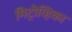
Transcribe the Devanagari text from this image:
मिट्रोव्हिका